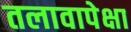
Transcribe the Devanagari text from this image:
तलावापेक्षा